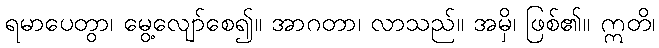
ရမာပေတွာ၊ မွေ့လျော်စေ၍။ အာဂတာ၊ လာသည်။ အမှိ၊ ဖြစ်၏။ ဣတိ၊